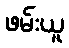
ဖမ်းယူ